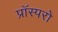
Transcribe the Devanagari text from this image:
प्रॉस्परो